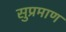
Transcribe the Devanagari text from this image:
सुप्रमाण